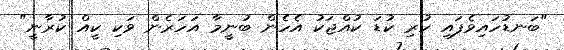
"ބަނޑުހައިވެފައި ހުރި ކުޑަ ކުއްޖަކު އެހެން ބުނީމާ އަހަރެން ވަކި ކީއް ކުރާނީ"